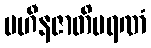
ပဟီနဇာတိမရဏံ